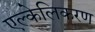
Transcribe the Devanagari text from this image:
एल्केलिकरण